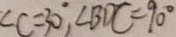
\angle C = 3 0 ^ { \circ } , \angle B D C = 9 0 ^ { \circ }